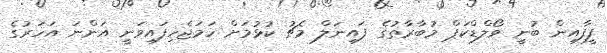
ފީފާއިން ބުނީ ވޯލްޑްކަޕް މުބާރާތުގެ ފައިނަލް މެޗު ކުޅުމަށް ހަމަޖެހިފައިވަނީ އަންނަ އަހަރުގެ